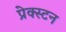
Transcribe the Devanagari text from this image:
प्रेक्स्टन